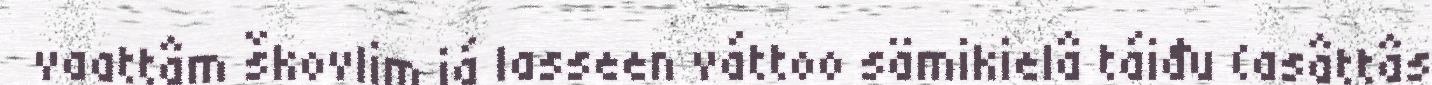
vaattâm škovlim já lasseen váttoo sämikielâ táiđu (asâttâs